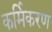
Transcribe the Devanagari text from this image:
कर्मिकरण